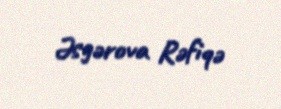
Əsgərova Rəfiqə